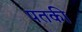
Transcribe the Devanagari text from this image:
पतकी